Epidemic dropsy in Calcutta - Number 49
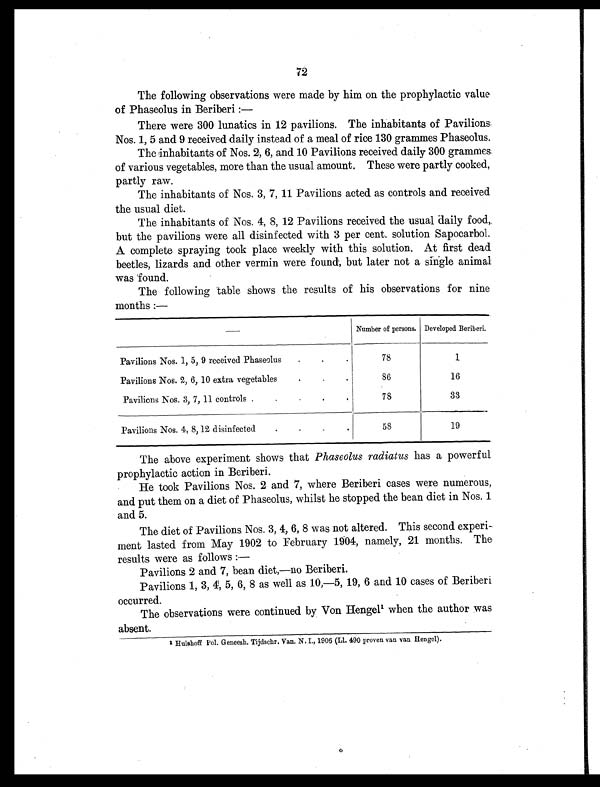
72
The following observations were made by him on the prophylactic value
of Phaseolus in Beriberi :
—
There were 300 lunatics in 12 pavilions. The inhabitants of Pavilions
Nos. 1, 5 and 9 received daily instead of a meal of rice 130 grammes Phaseolus.
The inhabitants of Nos. 2, 6, and 10 Pavilions received daily 300 grammes.
of various vegetables, more than the usual amount. These were partly cooked,
partly raw.
The inhabitants of Nos. 3, 7, 11 Pavilions acted as controls and received
the usual diet.
The inhabitants of Nos. 4, 8, 12 Pavilions received the usual daily food,.
but the pavilions were all disinfected with 3 per cent. solution Sapocarbol.
A complete spraying took place weekly with this solution. At first dead
beetles, lizards and other vermin were found, but later not a single animal
was found.
The following table shows the results of his observations for nine
months :—
—
Number of persons. Developed Beriberi.
Pavilions Nos. 1, 5, 9 received Phaseolus
.
.
.
78
1
Pavilions Nos. 2, 6, 10 extra vegetables
.
.
.
86
16
Pavilions Nos. 3, 7, 11 controls .
.
.
.
78
33
Pavilions Nos. 4, 8,12 disinfected
.
.
.
.
58
19
The above experiment shows that Phaseolus radiates has a powerful
prophylactic action in Beriberi.
He took Pavilions. Nos. 2 and 7, where Beriberi cases were numerous,
and put them on a diet of Phaseolus, whilst he stopped the bean diet in Nos. 1
and 5.
The diet of Pavilions. Nos. 3, 4, 6, 8 was not altered. This second experi-
ment lasted from May 1902 to February 1904, namely, 21 months. The
results were as follows :
—
Pavilions 2 and 7, bean diet,—no Beriberi.
Pavilions 1, 3, 4, 5, 6, 8 as well as 10,—5, 19, 6 and 10 cases of Beriberi
occurred.
The observations were continued by Von Hengel1 when the author was
absent.
1 Hulshoff Pol. Geneesh. Tijdschr. Van. N. I., 1906 (Ll. 490 proven van van Hengel).